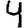
Digit: 4